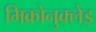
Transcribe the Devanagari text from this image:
मिक्रोनुक्लेइ